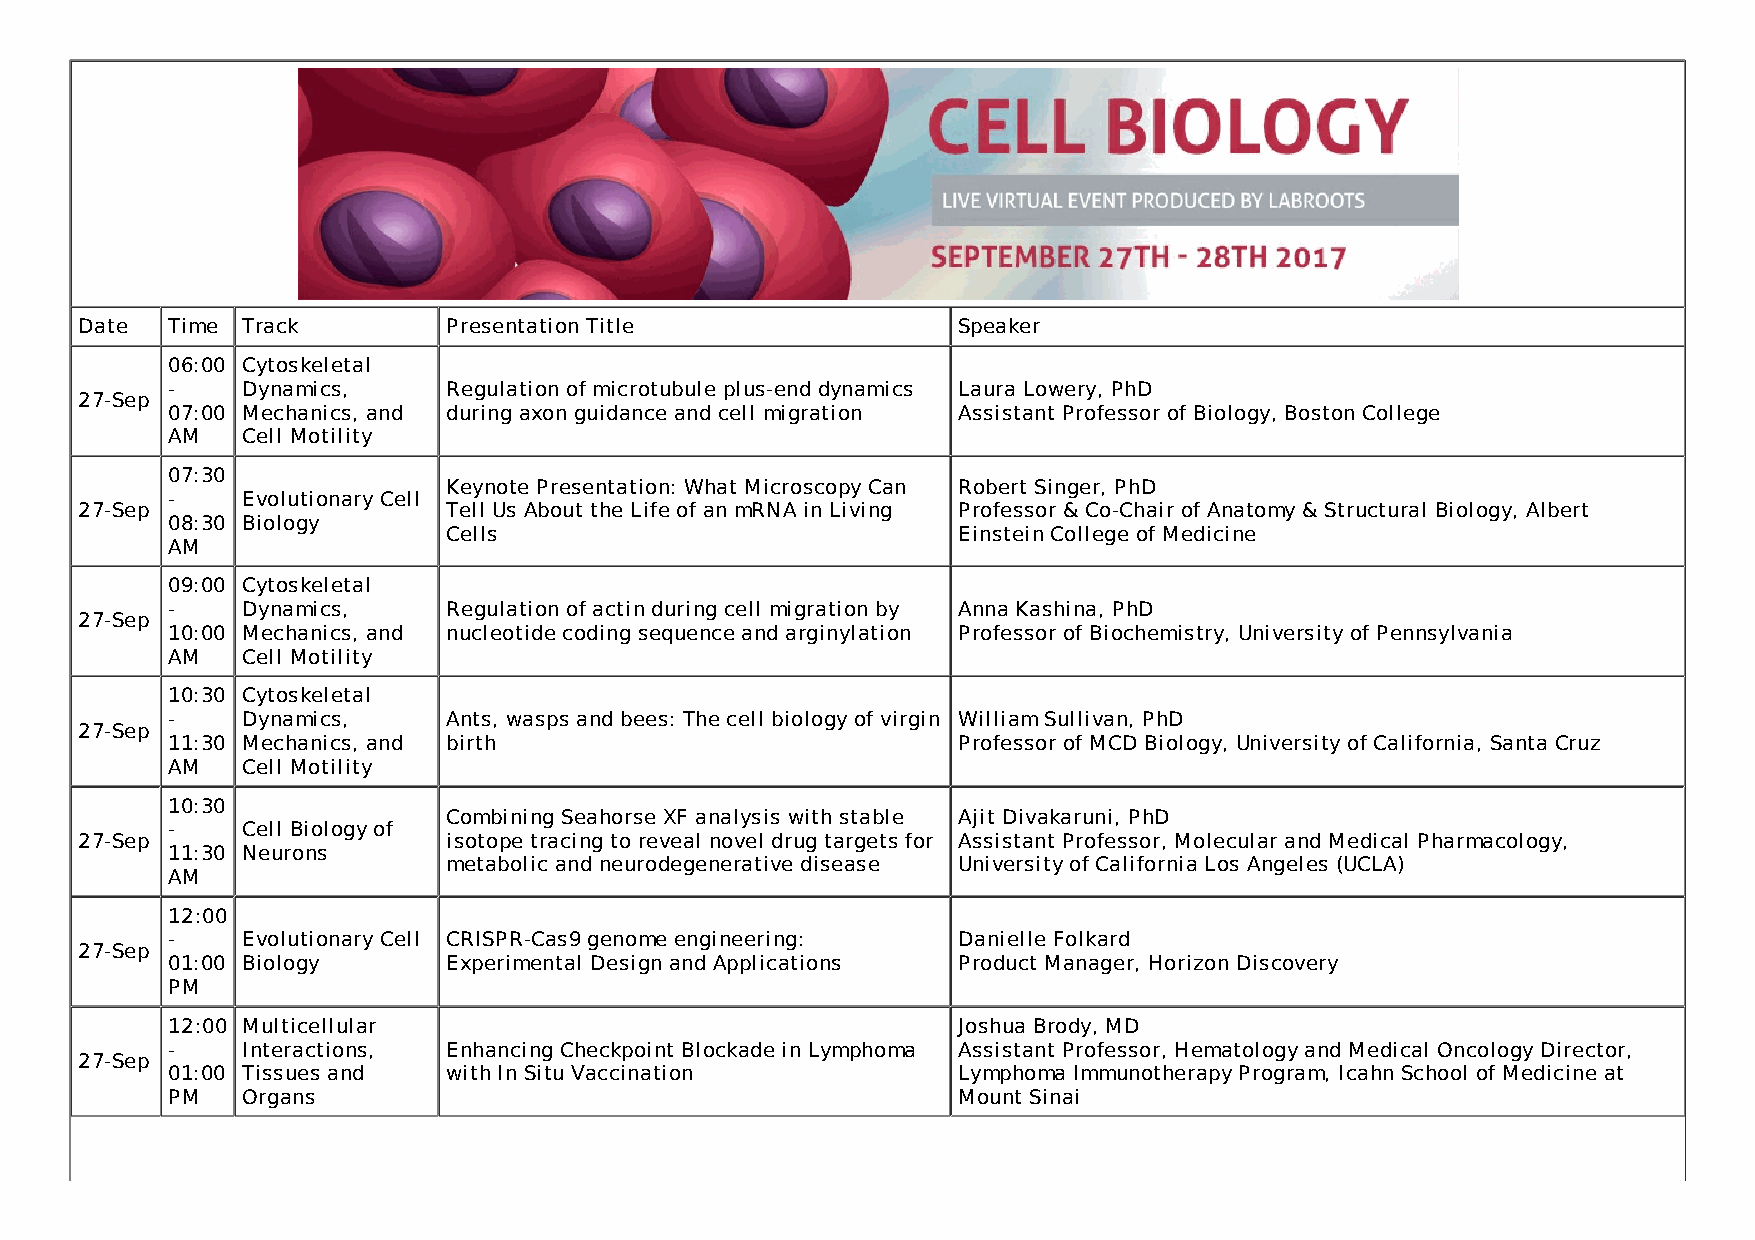
Date  Time Track         Presentation Title               Speaker
 06:00 Cytoskeletal
 -    Dynamics,     Regulation of microtubule plus-end dynamics Laura Lowery, PhD
 27-Sep
 07:00 Mechanics, and during axon guidance and cell migration Assistant Professor of Biology, Boston College
 AM   Cell Motility
 07:30
 Keynote Presentation: What Microscopy Can Robert Singer, PhD
 -    Evolutionary Cell
 27-Sep                   Tell Us About the Life of an mRNA in Living Professor & Co-Chair of Anatomy & Structural Biology, Albert
 08:30 Biology
 Cells                            Einstein College of Medicine
 AM
 09:00 Cytoskeletal
 -    Dynamics,     Regulation of actin during cell migration by Anna Kashina, PhD
 27-Sep
 10:00 Mechanics, and nucleotide coding sequence and arginylation Professor of Biochemistry, University of Pennsylvania
 AM   Cell Motility
 10:30 Cytoskeletal
 -    Dynamics,     Ants, wasps and bees: The cell biology of virgin William Sullivan, PhD
 27-Sep
 11:30 Mechanics, and birth                          Professor of MCD Biology, University of California, Santa Cruz
 AM   Cell Motility
 10:30
 Combining Seahorse XF analysis with stable Ajit Divakaruni, PhD
 -    Cell Biology of
 27-Sep                   isotope tracing to reveal novel drug targets for Assistant Professor, Molecular and Medical Pharmacology,
 11:30 Neurons
 metabolic and neurodegenerative disease University of California Los Angeles (UCLA)
 AM
 12:00
 -    Evolutionary Cell CRISPR-Cas9 genome engineering: Danielle Folkard
 27-Sep
 01:00 Biology      Experimental Design and Applications Product Manager, Horizon Discovery
 PM
 12:00 Multicellular                                 Joshua Brody, MD
 -    Interactions, Enhancing Checkpoint Blockade in Lymphoma Assistant Professor, Hematology and Medical Oncology Director,
 27-Sep
 01:00 Tissues and  with In Situ Vaccination         Lymphoma Immunotherapy Program, Icahn School of Medicine at
 PM   Organs                                         Mount Sinai